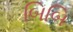
બિબિ